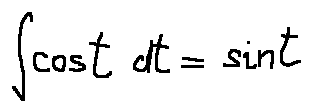
\int \cos t d t = \sin t